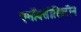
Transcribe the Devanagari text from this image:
एमॉक्सीसिलीन